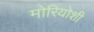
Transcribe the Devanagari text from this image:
मोरियोशी